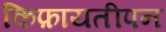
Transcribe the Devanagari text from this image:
किफ़ायतीपन